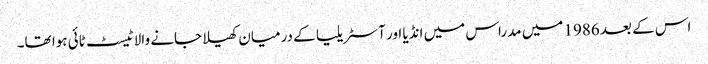
اس کے بعد 1986 میں مدراس میں انڈیا اور آسٹریلیا کے درمیان کھیلا جانے والا ٹیسٹ ٹائی ہوا تھا۔